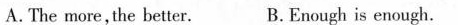
A. The more, the better. B.Enough is enough.